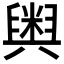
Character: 𮍱